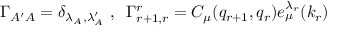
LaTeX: \Gamma _ { A ^ { \prime } A } = \delta _ { \lambda _ { A } , \lambda _ { A } ^ { \prime } } \, \, , \, \, \, \Gamma _ { r + 1 , r } ^ { r } = C _ { \mu } ( q _ { r + 1 } , q _ { r } ) e _ { \mu } ^ { \lambda _ { r } } ( k _ { r } )